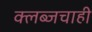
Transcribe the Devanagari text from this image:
क्लब्जचाही